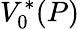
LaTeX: V_{0}^{*}(P)